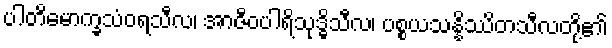
ပါတိမောက္ခသံဝရသီလ၊ အာဇီဝပါရိသုဒ္ဓိသီလ၊ ပစ္စယသန္နိဿိတသီလတို့၏